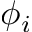
\phi _ { i }